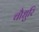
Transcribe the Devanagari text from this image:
चौधुरि